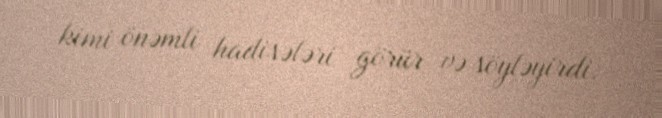
kimi önəmli hadisələri görür və söyləyirdi.